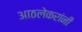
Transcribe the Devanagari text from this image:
आठलेकरांनी